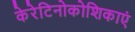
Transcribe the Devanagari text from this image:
केरेटिनोकोशिकाएं